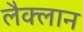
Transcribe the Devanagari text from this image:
लैक्लान